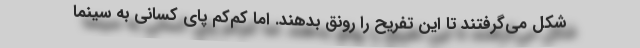
شکل می‌گرفتند تا این تفریح را رونق بدهند. اما کم‌کم پای کسانی به سینما